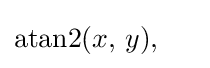
\mathrm {atan2} (x,\,y),\;\;\;\;\;